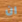
ان